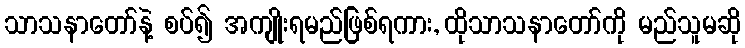
သာသနာတော်နဲ့ စပ်၍ အကျိုးရမည်ဖြစ်ရကား, ထိုသာသနာတော်ကို မည်သူမဆို